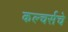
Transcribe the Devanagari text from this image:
कल्चर्सचे